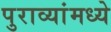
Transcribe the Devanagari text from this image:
पुराव्यांमध्ये